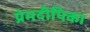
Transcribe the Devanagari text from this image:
प्रेमदीपिका